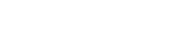
ဆုံးဖြတ်လိုက်တယ်။